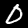
Label: 0